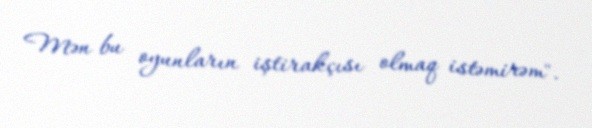
Mən bu oyunların iştirakçısı olmaq istəmirəm".